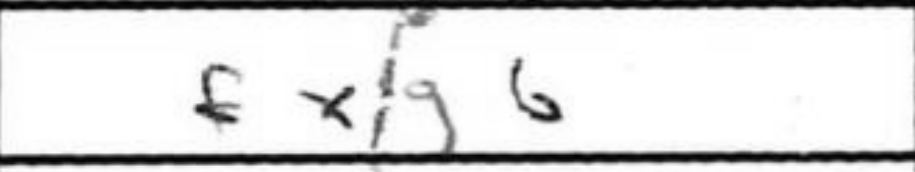
Transcription: fxg6